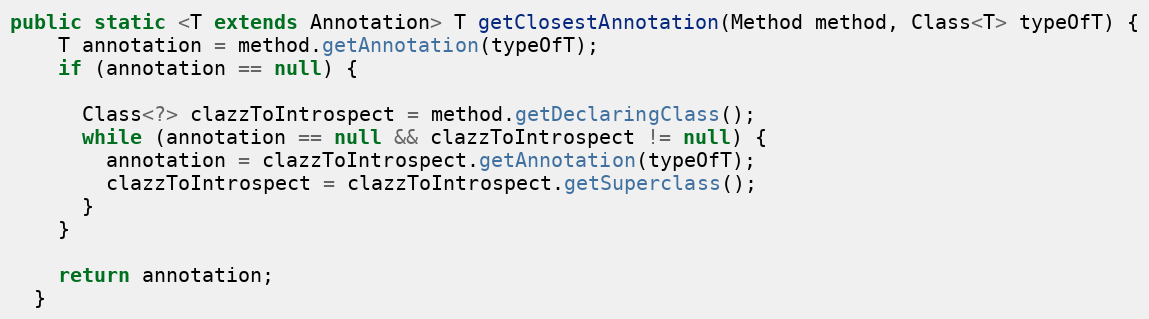
Language: Java
public static <T extends Annotation> T getClosestAnnotation(Method method, Class<T> typeOfT) {
    T annotation = method.getAnnotation(typeOfT);
    if (annotation == null) {

      Class<?> clazzToIntrospect = method.getDeclaringClass();
      while (annotation == null && clazzToIntrospect != null) {
        annotation = clazzToIntrospect.getAnnotation(typeOfT);
        clazzToIntrospect = clazzToIntrospect.getSuperclass();
      }
    }

    return annotation;
  }